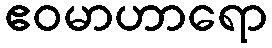
ဧဝမာဟာရော